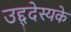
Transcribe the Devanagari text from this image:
उद्द्देस्यके